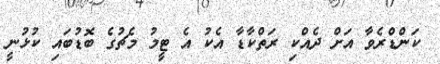
ކަންޑްރެވާ އަށް ދެއްކި ރަތްކާޑާ އެކު އެ ޓީމު މެޗުގެ ބޮޑުބައި ކުޅުނީ